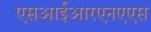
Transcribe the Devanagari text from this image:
एसआईआरएनएएस